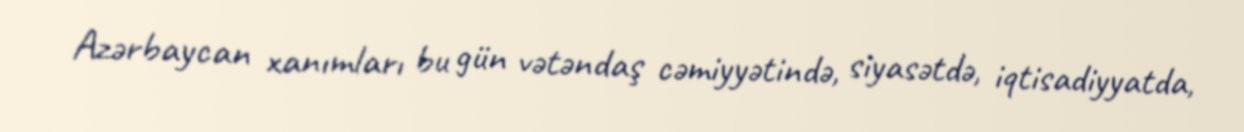
Azərbaycan xanımları bu gün vətəndaş cəmiyyətində, siyasətdə, iqtisadiyyatda,